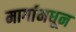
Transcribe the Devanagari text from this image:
मार्गामधून